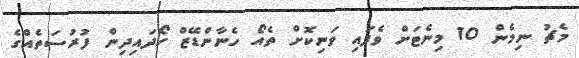
މެޗު ނިމެން 10 މިނެޓަށް ވެފައި ވަނިކޮށް ތެއޯ ހެނާންޑޭޒް ހޯދައިދިން ފުރުސަތެއްގެ